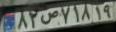
۸۲ص۷۱۸۱۹